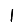
Digit: 1